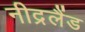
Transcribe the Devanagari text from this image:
नीद्रलैंड